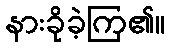
နားခိုခဲ့ကြ၏။